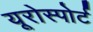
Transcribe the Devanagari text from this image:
यूरोस्पोर्ट